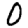
Digit: 0